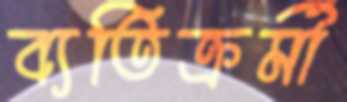
ব্যতিক্রর্মী